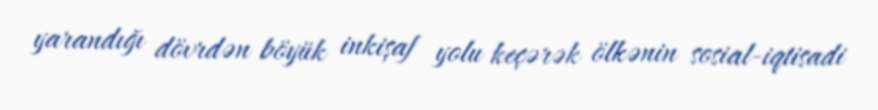
yarandığı dövrdən böyük inkişaf yolu keçərək ölkənin sosial-iqtisadi